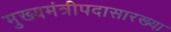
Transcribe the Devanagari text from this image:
मुख्यमंत्रीपदासारख्या